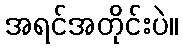
အရင်အတိုင်းပဲ။